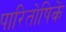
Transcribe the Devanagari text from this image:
पारितोषिकें